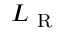
L _ { \mathrm { ~ R ~ } }